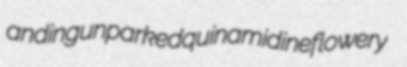
anding unparked quinamidine flowery